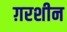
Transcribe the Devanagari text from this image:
ग़रशीन